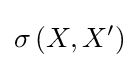
\sigma \left(X,X^{\prime }\right)